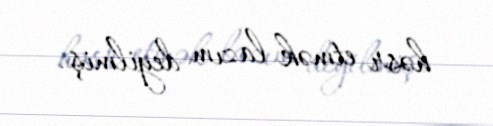
həsr etmək lazım deyilmiş.